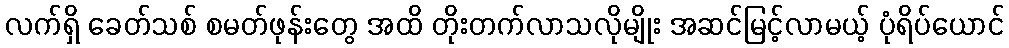
လက်ရှိ ခေတ်သစ် စမတ်ဖုန်းတွေ အထိ တိုးတက်လာသလိုမျိုး အဆင်မြင့်လာမယ့် ပုံရိပ်ယောင်